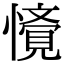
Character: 𭟁